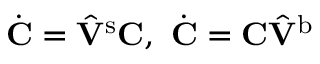
\dot { \mathbf { C } } = \hat { \mathbf { V } } { ^ { \mathrm { s } } } \mathbf { C } , \ \dot { \mathbf { C } } = \mathbf { C } \hat { \mathbf { V } } { ^ { \mathrm { b } } }